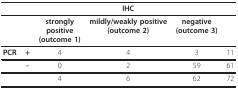
<table><thead><tr><td></td><td></td><td colspan="3"><b>IHC</b></td><td></td></tr></thead><tbody><tr><td></td><td></td><td><b>strongly</b><b>positive</b><b>(outcome 1)</b></td><td><b>mildly/weakly positive</b><b>(outcome 2)</b></td><td><b>negative</b><b>(outcome 3)</b></td><td></td></tr><tr><td><b>PCR</b></td><td><b>+</b></td><td>4</td><td>4</td><td>3</td><td>11</td></tr><tr><td></td><td><b>-</b></td><td>0</td><td>2</td><td>59</td><td>61</td></tr><tr><td></td><td></td><td>4</td><td>6</td><td>62</td><td>72</td></tr></tbody></table>